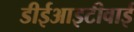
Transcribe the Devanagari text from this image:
डीईआइटीवाई